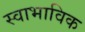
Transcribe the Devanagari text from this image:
स्‍वाभाविक